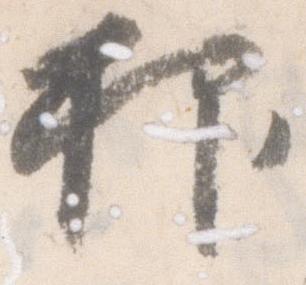
抑